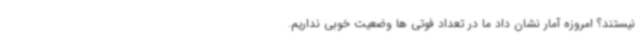
نیستند؟ امروزه آمار نشان داد ما در تعداد فوتی ها وضعیت خوبی نداریم.